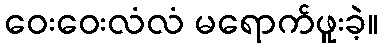
ဝေးဝေးလံလံ မရောက်ဖူးခဲ့။